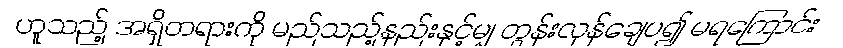
ဟူသည့် အရှိတရားကို မည်သည့်နည်းနှင့်မျှ တွန်းလှန်ချေပ၍ မရကြောင်း